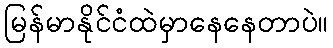
မြန်မာနိုင်ငံထဲမှာနေနေတာပဲ။